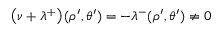
\left( \nu + \lambda ^ { + } \right) ( \rho ^ { \prime } , \theta ^ { \prime } ) = - \lambda ^ { - } ( \rho ^ { \prime } , \theta ^ { \prime } ) \neq 0